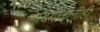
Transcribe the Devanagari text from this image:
गाडगीळांनीही